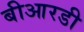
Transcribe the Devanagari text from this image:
बीआरडी